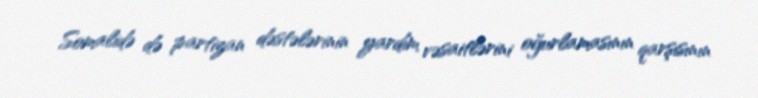
Somalidə də partizan dəstələrinin yardım vəsaitlərini oğurlamasının qarşısının